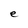
Character: e